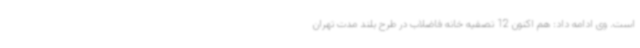
است. وی ادامه داد: هم اکنون 12 تصفیه خانه فاضلاب در طرح بلند مدت تهران